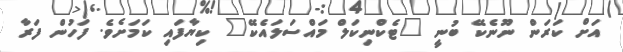
އަށް ކަރަން ނޫނެކޭ ބުނީ "ޓެކްނިކަލް މައްސަލައެކޭ" ކިޔާފައި ކަމަށެވެ. ފަހުން ފަރާ